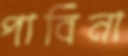
পাবিনা